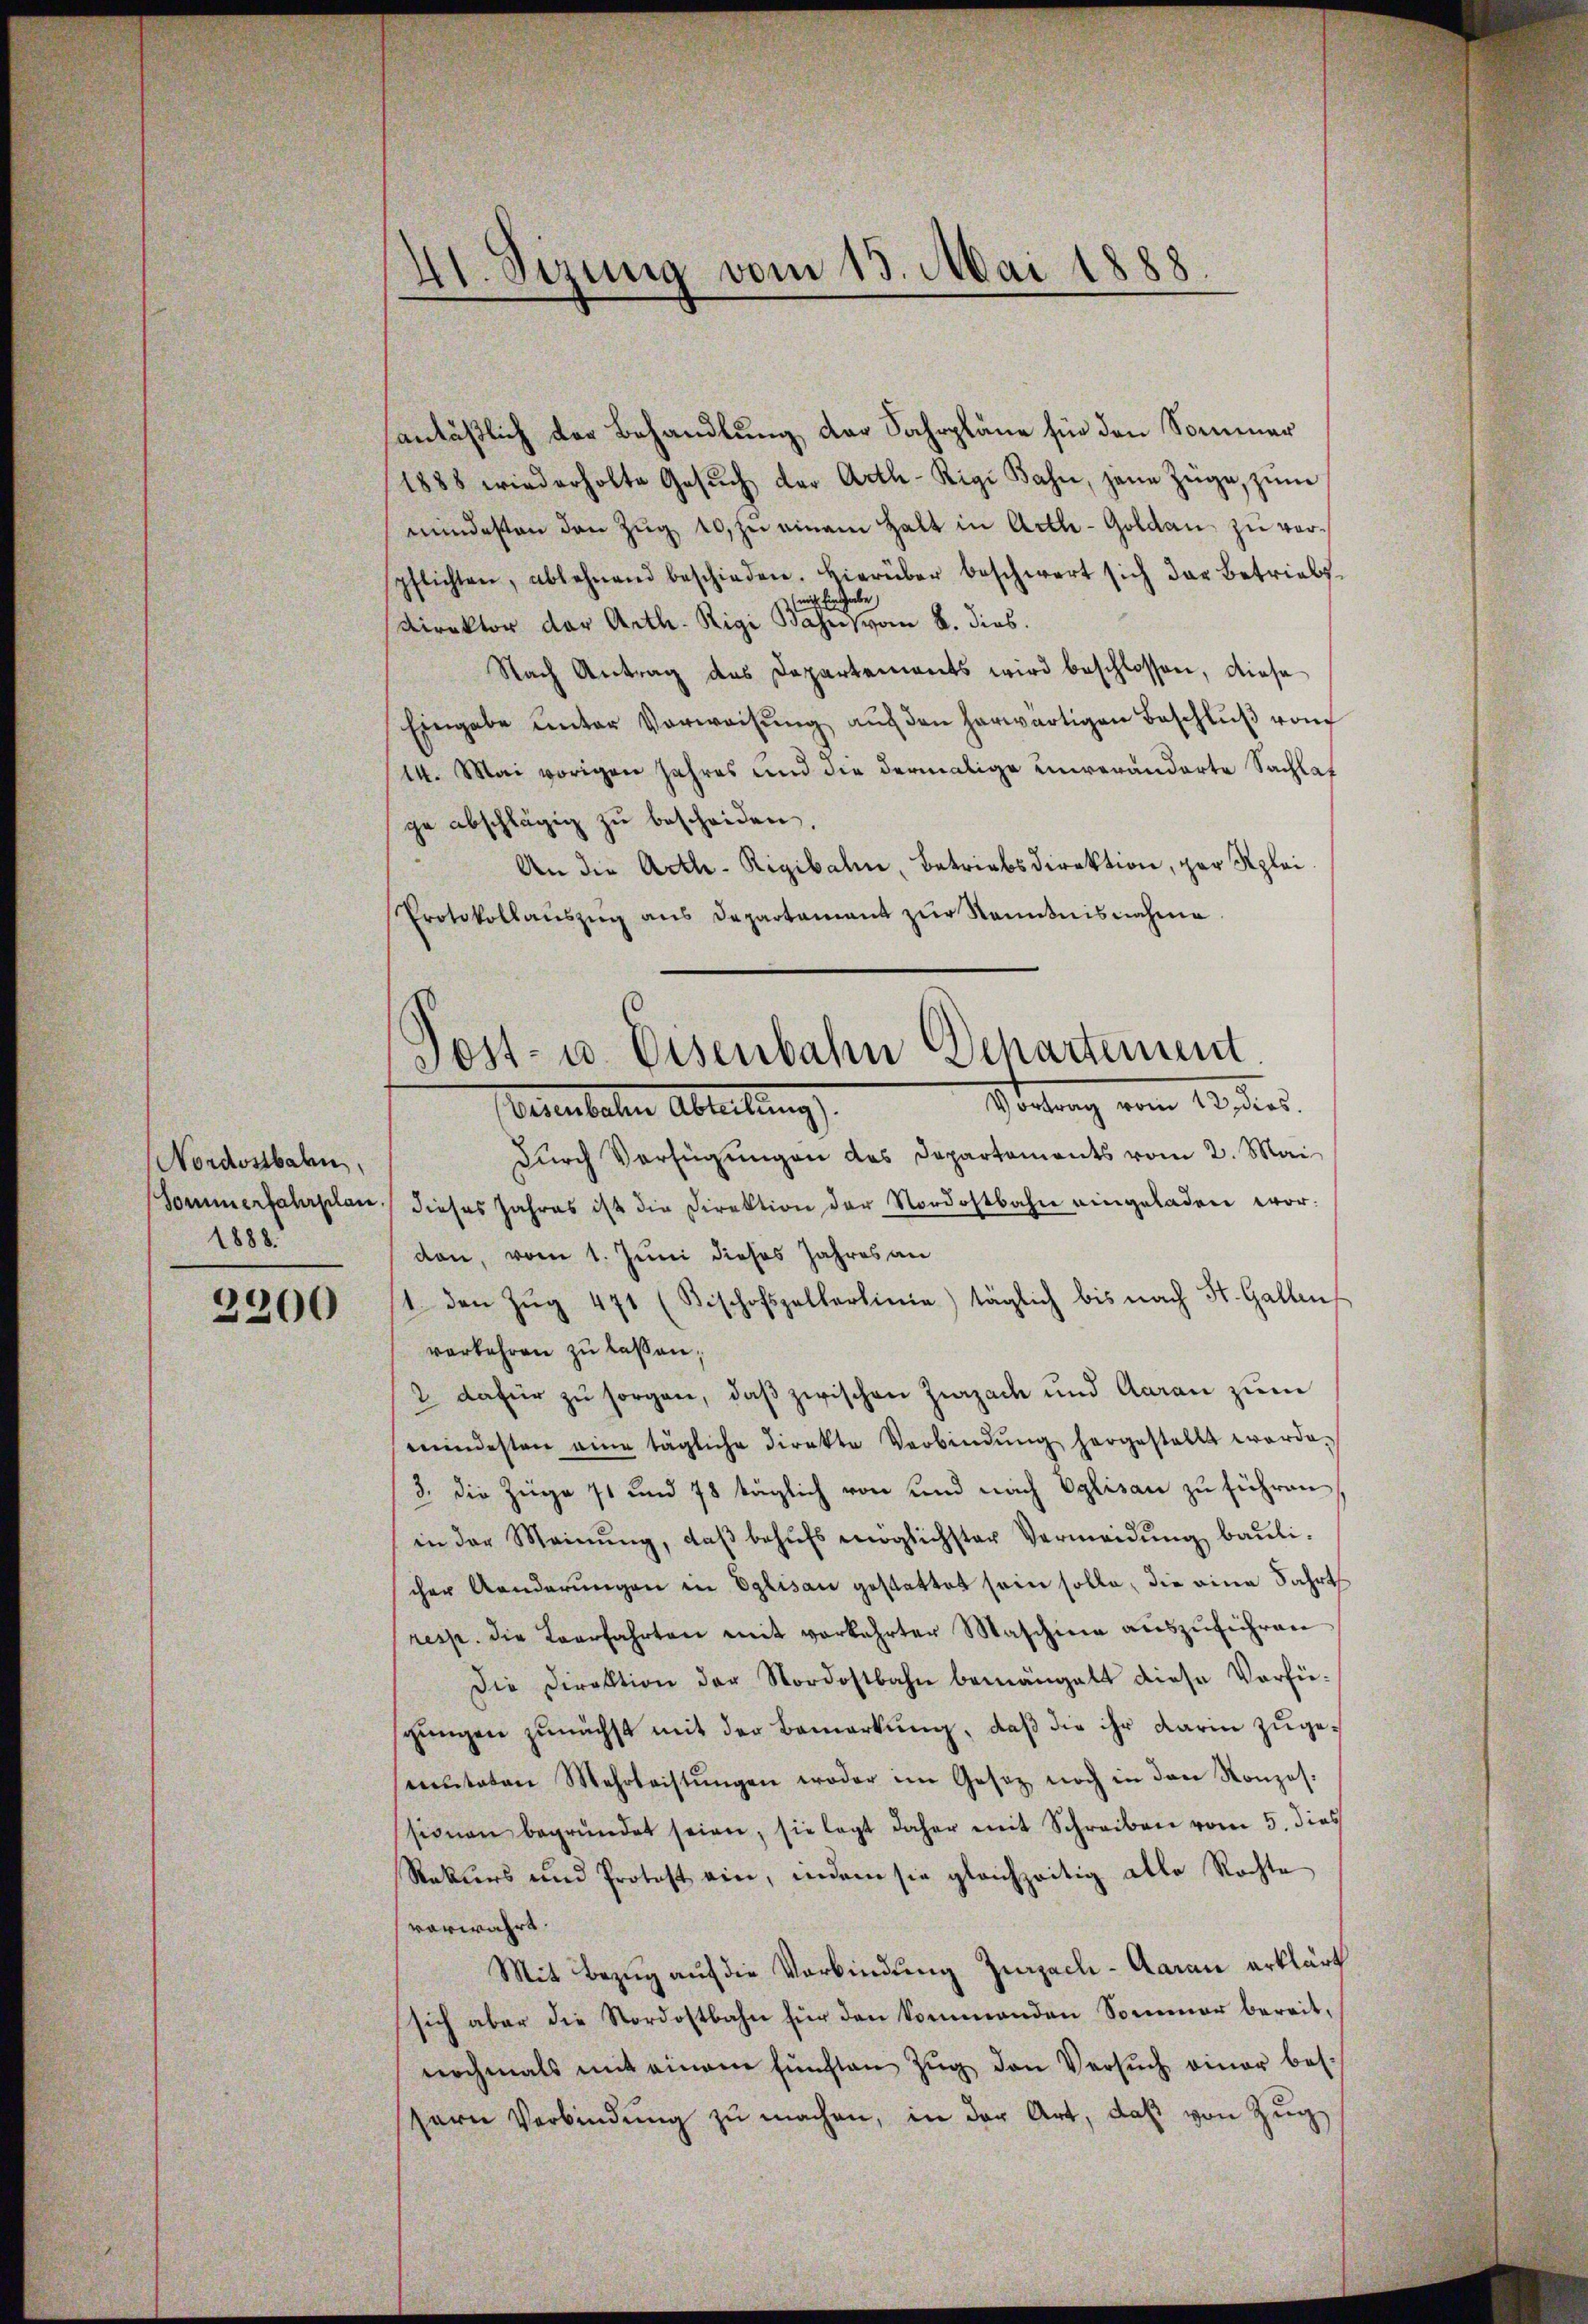
Nordostbahn,
1888

2200

41. Sizung vom 13. Mai 1888.

anläßlich der Behandlung der Fahrpläne für den Sommer
1888 wiederholte Gesŭch der Arth-Rigi Bahn, jene Züge, zŭm
mindesten den Zŭg 10 zŭ einem Halt in Acth-Goldaŭ zŭ vorpflichten, ablehnend beschieden. Hierüber beschwert sich das Betriebsmich Ein habe
Direktor der Arth. Rigi Bahn vom 8. dies
Nach Antrag des Departements wird beschlossen, diese
Eingabe unter Verweisŭng aŭf den herwärtigen Beschlŭβ vom
14. Mai vorigen Jahres und die dermalige unveränderte Sachlat
ge abschlägig zu bescheiden.
An die Acth-Rigibalen, Betriebsdirektion, par Klei¬
Protokollaŭszŭg ans Departamant zŭr Kenntnisnahme
Durch Verfügungen des Departaments vom 2. Mai
Sommertaterplan dieses Jahres ist die Direktion der Nordostbahn eingeladen worden, vom 1. Juni dieses Jahres an
1. den Zŭg 471 (Bischofszellerlinie) täglich bis nach St. Gallen
verkehren zu lassen,
2 dafür zu sorgen, daß zwischen Zurzach und Aarau zum
mindesten eine tägliche Direkte Verbindŭng hergestellt worde.
3. Die Züge 11 und 78 täglich von und nach Eglisau zu führen
in der Meinŭng, daβ behŭfs möglichster Vermeidŭng baŭli-
cher Aenderŭngen in Eglisau gestattet sein solle, die eine Fahrt
resp. die Verfahrten mit verkehrter Maschine aŭszŭführen
Die Direktion der Nordostbahn bemängelt diese Verfü-
sgungen zunächst mit der Bemerkung, daß die ihr darin zugemŭtaten Mehrleistŭngen woder im Gesetz noch in den Konzes.
sionen begründet seien, sie legt daher mit Schreiben vom 5. dies
Rekurs und Protest ein, indem sie gleichzeitig alle Rechte
verwahrt.
Mit Bezug auf die Verbindung Zurzach-Aarau erklärt
sich aber die Nordostbahn für den kommenden Sommer bereit,
nochmals mit einem fünften Zŭg den Versŭch einer bes.
sern Verbindung zu machen, in der Art, daß von Zug

Post- u. Eisenbahn Departement.
Sietung vom 12. des
Berbeten Abteilung